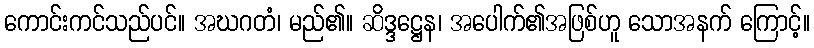
ကောင်းကင်သည်ပင်။ အဃဂတံ၊ မည်၏။ ဆိဒ္ဒဋ္ဌေန၊ အပေါက်၏အဖြစ်ဟူ သောအနက် ကြောင့်။